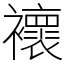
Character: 𧞷